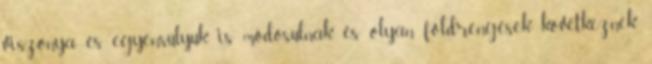
viszonya és egyensúlyuk is módosulnak, és olyan földrengések következnek